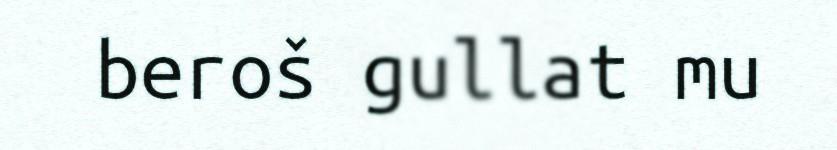
beroš gullat mu